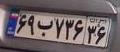
۶۹ب۷۳۶۳۶